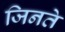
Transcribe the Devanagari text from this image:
जिनते